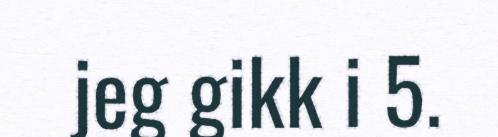
jeg gikk i 5.